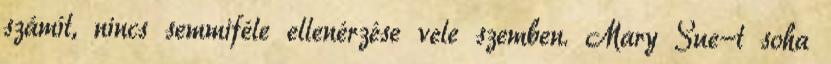
számít, nincs semmiféle ellenérzése vele szemben. Mary Sue-t soha